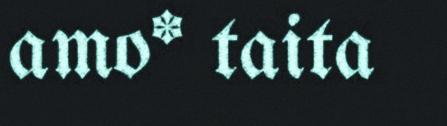
amo* taita